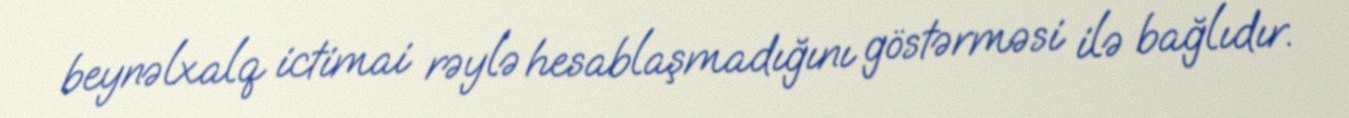
beynəlxalq ictimai rəylə hesablaşmadığını göstərməsi ilə bağlıdır.